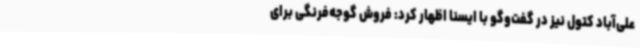
علی‌آباد کتول نیز در گفت‌وگو با ایسنا اظهار کرد: فروش گوجه‌فرنگی برای